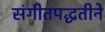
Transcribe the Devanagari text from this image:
संगीतपद्धतीने